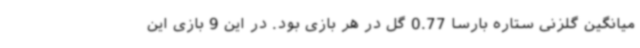
میانگین گلزنی ستاره بارسا 0.77 گل در هر بازی بود. در این 9 بازی این